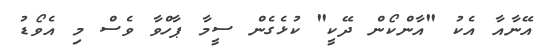
އޭނާއާ އެކު "އާންކޯން ދޭކީ" ކުޅެގެން ސީމާ ޕާހްވާ ވެސް މި އެވޯޑު